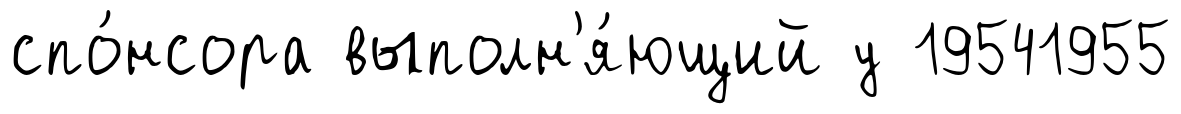
спо́нсора выполн'я́ющий у 19541955